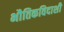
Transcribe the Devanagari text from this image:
भौतिकविदाशी